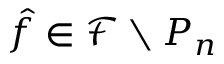
\hat { f } \in \mathcal { F } \setminus P _ { n }